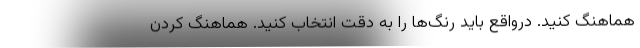
هماهنگ کنید. درواقع باید رنگ‌ها را به دقت انتخاب کنید. هماهنگ کردن